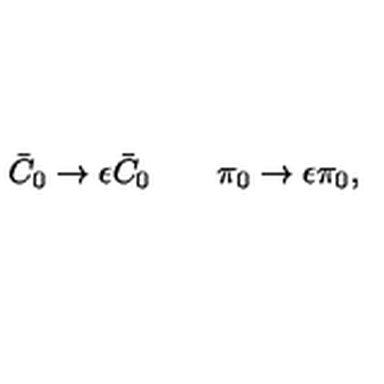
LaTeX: \bar { C } _ { 0 } \to \epsilon \bar { C } _ { 0 } \qquad \pi _ { 0 } \to \epsilon \pi _ { 0 } ,